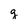
Character: g